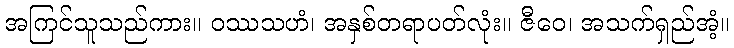
အကြင်သူသည်ကား။ ဝဿသဟံ၊ အနှစ်တရာပတ်လုံး။ ဇီဝေ၊ အသက်ရှည်အံ့။